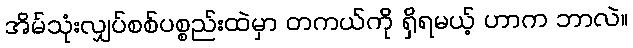
အိမ်သုံးလျှပ်စစ်ပစ္စည်းထဲမှာ တကယ်ကို ရှိရမယ့် ဟာက ဘာလဲ။